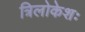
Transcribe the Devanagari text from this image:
त्रिलोकेशः